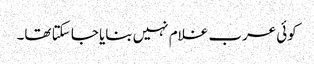
کوئی عرب غلام نہیں بنایا جا سکتا تھا۔